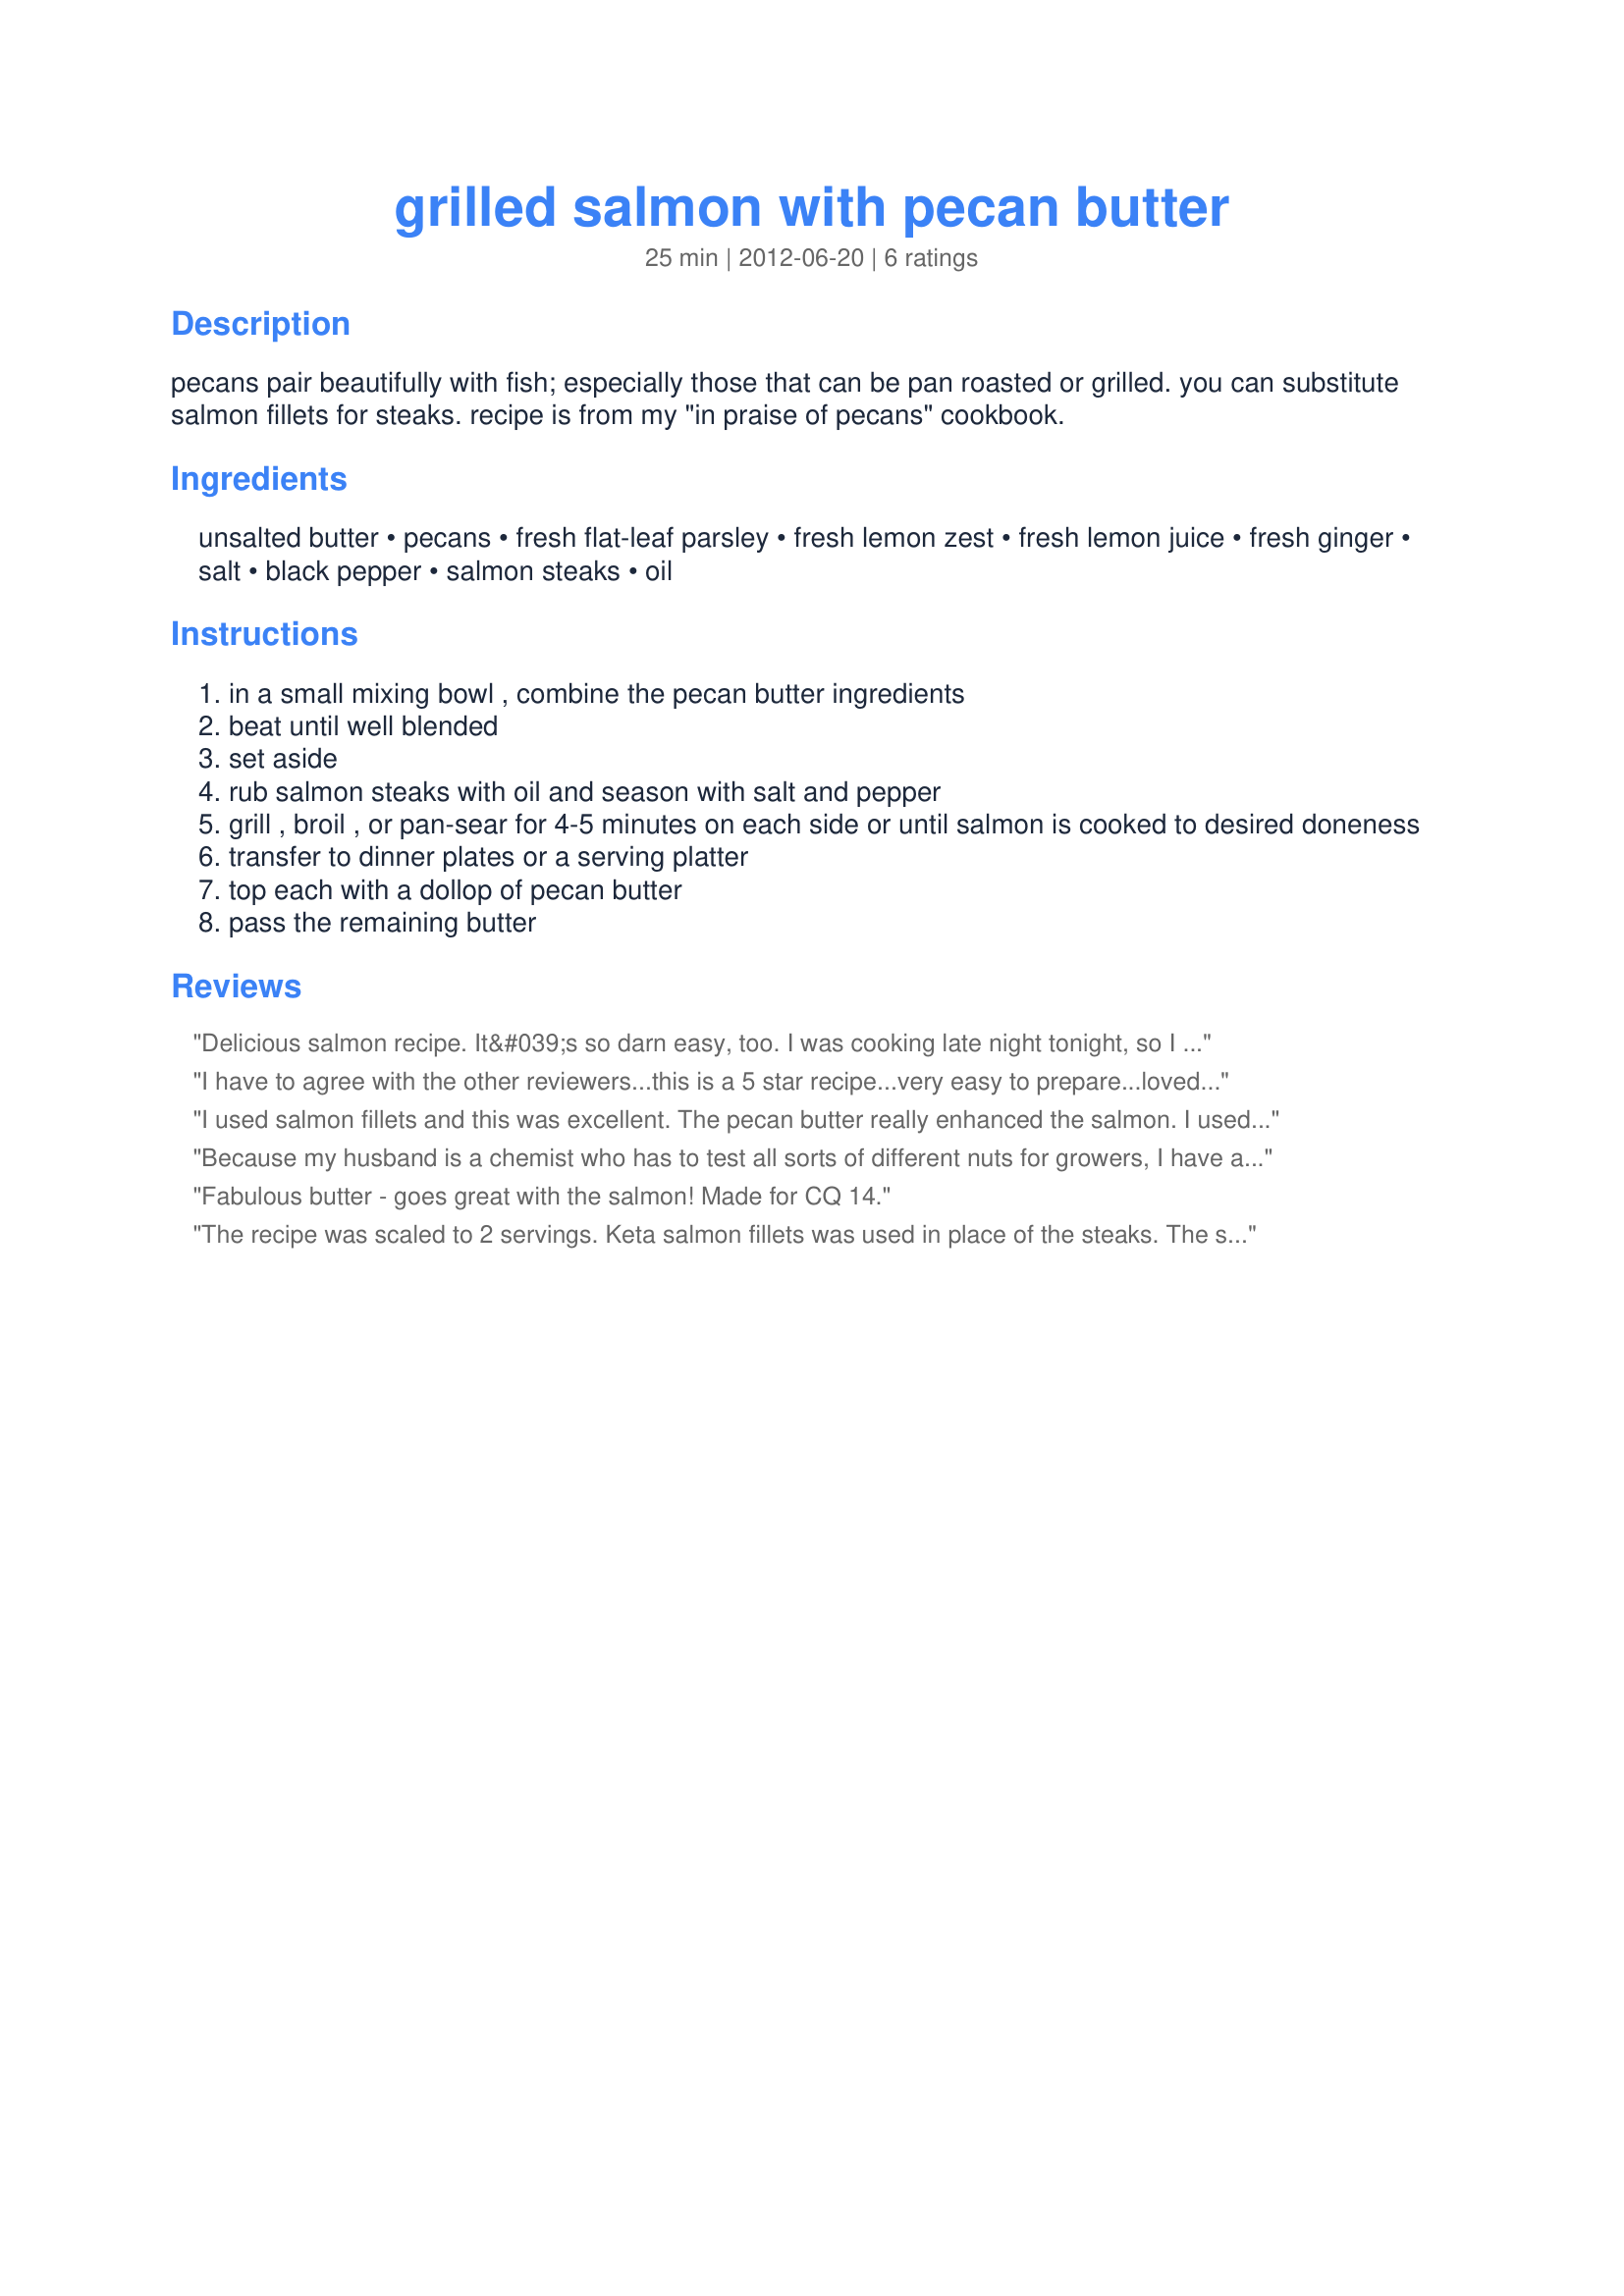
grilled salmon with pecan butter
Preparation time: 25 minutes

pecans pair beautifully with fish; especially those that can be pan roasted or grilled. you can substitute salmon fillets for steaks. recipe is from my "in praise of pecans" cookbook.

Ingredients:
unsalted butter, pecans, fresh flat-leaf parsley, fresh lemon zest, fresh lemon juice, fresh ginger, salt, black pepper, salmon steaks, oil

Steps:
in a small mixing bowl , combine the pecan butter ingredients
beat until well blended
set aside
rub salmon steaks with oil and season with salt and pepper
grill , broil , or pan-sear for 4-5 minutes on each side or until salmon is cooked to desired doneness
transfer to dinner plates or a serving platter
top each with a dollop of pecan butter
pass the remaining butter

Reviews:
Delicious salmon recipe. It&#039;s so darn easy, too. I was cooking late night tonight, so I just used a cast iron skillet to cook the salmon. The pecan butter is fantastic. What a great combination of flavors. Thank you!
I have to agree with the other reviewers...this is a 5 star recipe...very easy to prepare...loved the pecan butter addition...I used curly parsley...made for Best of 2014 tag game...
I used salmon fillets and this was excellent. The pecan butter really enhanced the salmon. I used the chives option. DH said this was the best salmon he ever had! made for CCQ Culinary Quest 2014
Because my husband is a chemist who has to test all sorts of different nuts for growers, I have an over-abundance of almonds, so used those instead of the pecans. It still was flavorful and leant a nice crunchiness to the fish.
Fabulous butter - goes great with the salmon! Made for CQ 14.
The recipe was scaled to 2 servings. Keta salmon fillets was used in place of the steaks. The salmon was sprinkled with a seasoning blend and grilled. Loved the pecan butter addition. The pecan butter was made a little ahead and placed in the refrigerator until serving time. Made for Culinary Quest and Salmon 101 Challenge.
